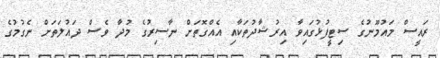
ރައީސް މައުމޫނުގެ ސިޓީފުޅުގައިވާ އިރުޝާދުތަކާއި އެއްގޮތަށް ނާސިރުގެ މުދާ ވެސް ދައުލަތަށް ނެގުމުގެ